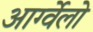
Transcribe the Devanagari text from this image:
आर्ग्वेलो